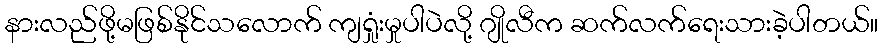
နားလည်ဖို့မဖြစ်နိုင်သလောက် ကျရှုံးမှုပါပဲလို့ ဂျိုလီက ဆက်လက်ရေးသားခဲ့ပါတယ်။